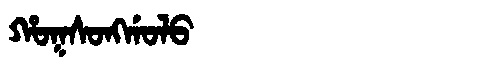
Manchu: ᡥᠣᡴᠰᠣᠩᡤᠣᠯᠣ
Romanization: HOKSONGGOLO